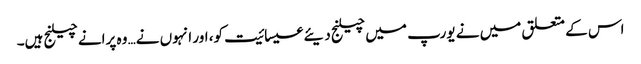
اس کے متعلق میں نے یورپ میں چیلنج دیئے عیسائیت کو، اور انہوں نے… وہ پرانے چیلنج ہیں۔